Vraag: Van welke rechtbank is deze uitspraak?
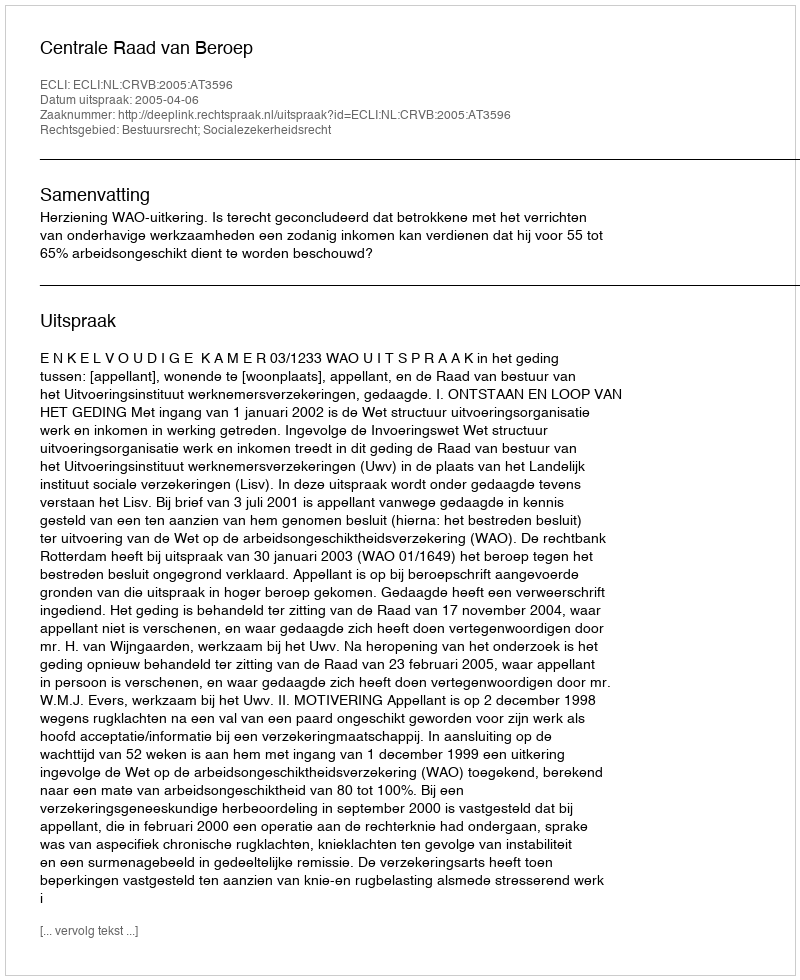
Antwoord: Centrale Raad van Beroep